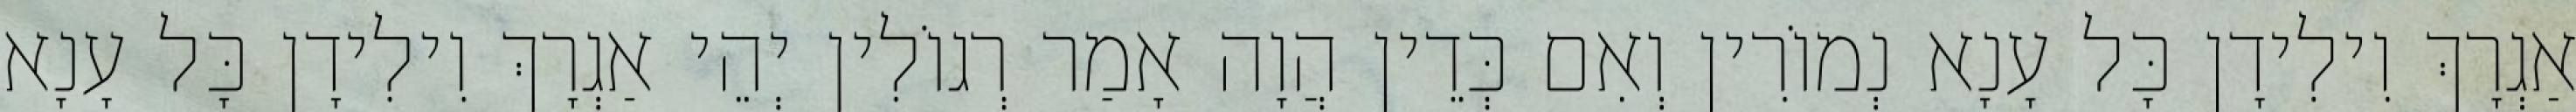
אַגְרָךְ וִילִידָן כָּל עָנָא נְמוֹרִין וְאִם כְּדֵין הֲוָה אָמַר רְגוֹלִין יְהֵי אַגְרָךְ וִילִידָן כָּל עָנָא